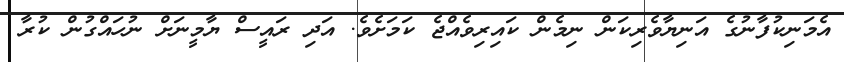
އެމަނިކުފާނުގެ އަނިޔާވެރިކަން ނިމެން ކައިރިވެއްޖެ ކަމަށެވެ. އަދި ރައީސް ޔާމީނަށް ނުހައްގުން ކުރާ